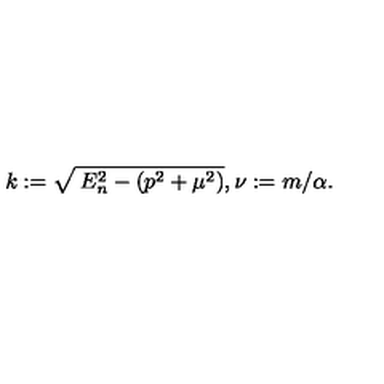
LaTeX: k : = \sqrt { \: E _ { n } ^ { 2 } - ( p ^ { 2 } + \mu ^ { 2 } ) } , \nu : = m / \alpha .